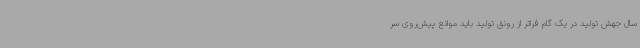
سال جهش تولید در یک گام فراتر از رونق تولید باید موانع پیش‌روی سر